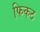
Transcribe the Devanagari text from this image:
फिकठ